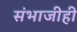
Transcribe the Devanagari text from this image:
संभाजीही